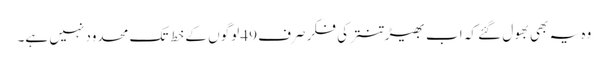
وہ یہ بھی بھول گئے کہ اب بھیڑ تنتر کی فکر صرف 49 لوگوں کے خط تک محدود نہیں ہے۔